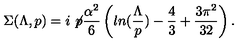
\Sigma ( \Lambda , p ) = i \not \! p \frac { \alpha ^ { 2 } } { 6 } \left( l n ( \frac { \Lambda } { p } ) - \frac { 4 } { 3 } + \frac { 3 \pi ^ { 2 } } { 3 2 } \right) .